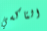
التاكسي